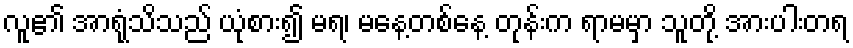
လူ၏ အာရုံသိသည် ယုံစား၍ မရ၊ မနေ့တစ်နေ့ တုန်းက ရာမမှာ သူတို့ အားပါးတရ